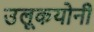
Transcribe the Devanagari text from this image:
उलूकयोनी